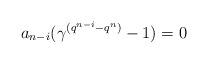
LaTeX: \begin{align*} a_{n-i}(\gamma^{(q^{n-i}-q^n)}-1)=0 \end{align*}